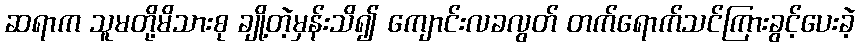
ဆရာက သူမတို့မိသားစု ချို့တဲ့မှန်းသိ၍ ကျောင်းလခလွတ် တက်ရောက်သင်ကြားခွင့်ပေးခဲ့